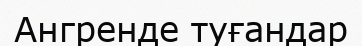
Ангренде туғандар